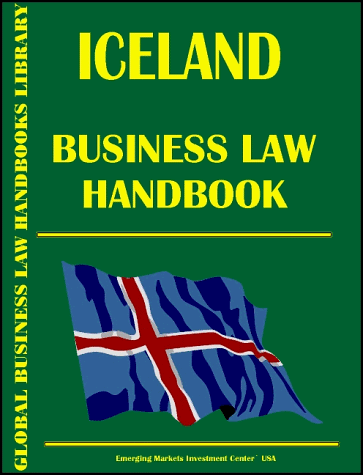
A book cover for Eritrea Business Law Handbook; Travel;